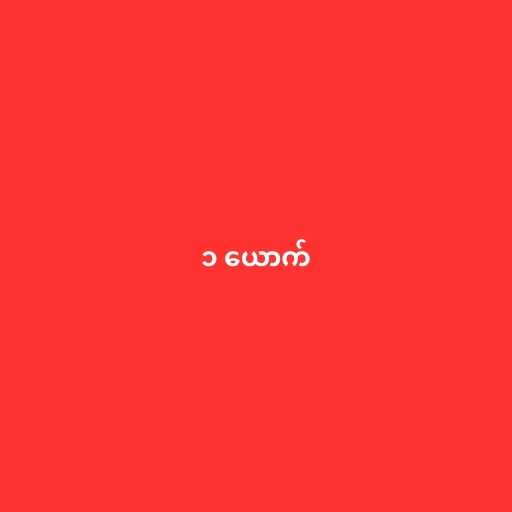
၁ ယောက်